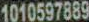
1010597889